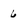
Character: 6